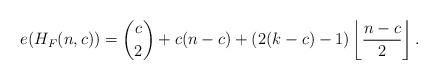
LaTeX: \begin{align*}e(H_F(n,c))=\binom{c}{2}+c(n-c) +\left(2(k-c)-1\right)\left\lfloor \frac{n-c}{2} \right \rfloor.\end{align*}